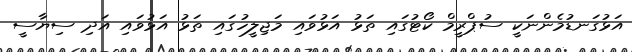
އަޅުގަނޑުމެންނަކީ ސުޕްރީމް ކޯޓުގައި ތަޅު އަޅުވައި މަޖިލީހުގައި ތަޅު އަޅުވައި އަދި ސިޔާސީ